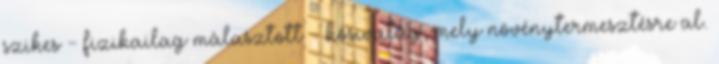
szikes - fizikailag málasztott - kősivatag, mely növénytermesztésre al.